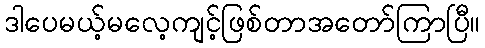
ဒါပေမယ့်မလေ့ကျင့်ဖြစ်တာအတော်ကြာပြီ။